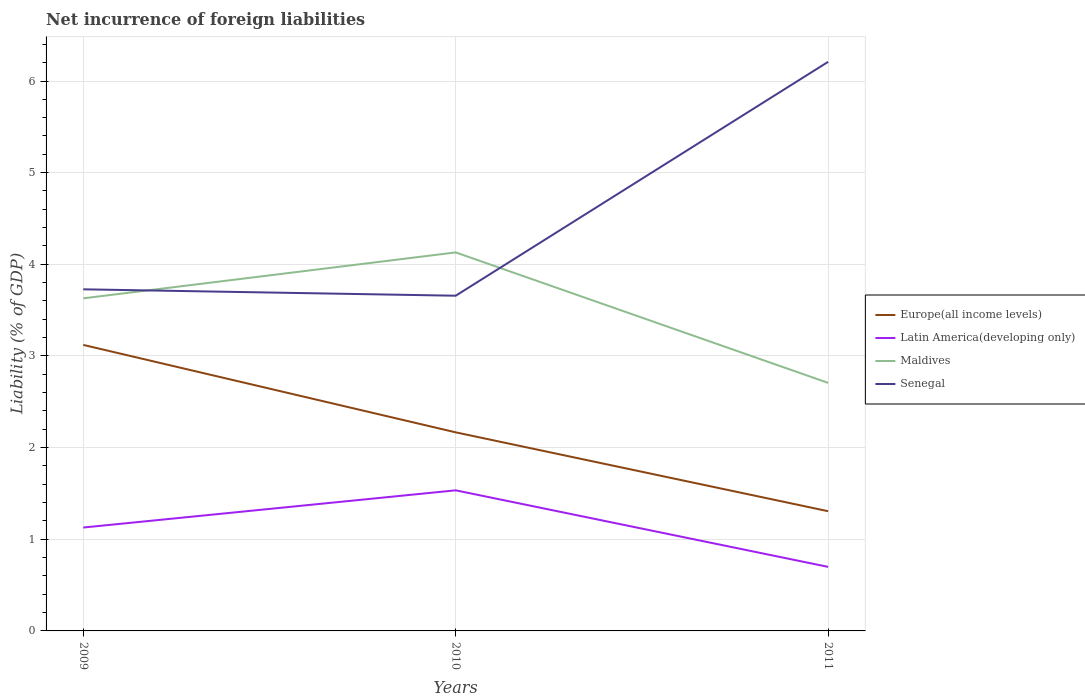
| Years | Europe(all income levels) | Latin America(developing only) | Maldives | Senegal |
 | --- | --- | --- | --- | --- |
 | 2009 | 3.12 | 1.13 | 3.63 | 3.73 |
 | 2010 | 2.17 | 1.53 | 4.13 | 3.66 |
 | 2011 | 1.31 | 0.699 | 2.71 | 6.21 |